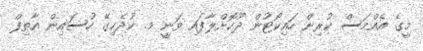
މީގެ އެއްމަސް ކުރިން ހައިކޯޓުން ދޫކޮށްލާފައި ވަނީ މ. ކުދެހިގޭ ހުސައިން އާތިފް